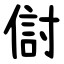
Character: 傠